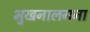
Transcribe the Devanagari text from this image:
भुखनालगना